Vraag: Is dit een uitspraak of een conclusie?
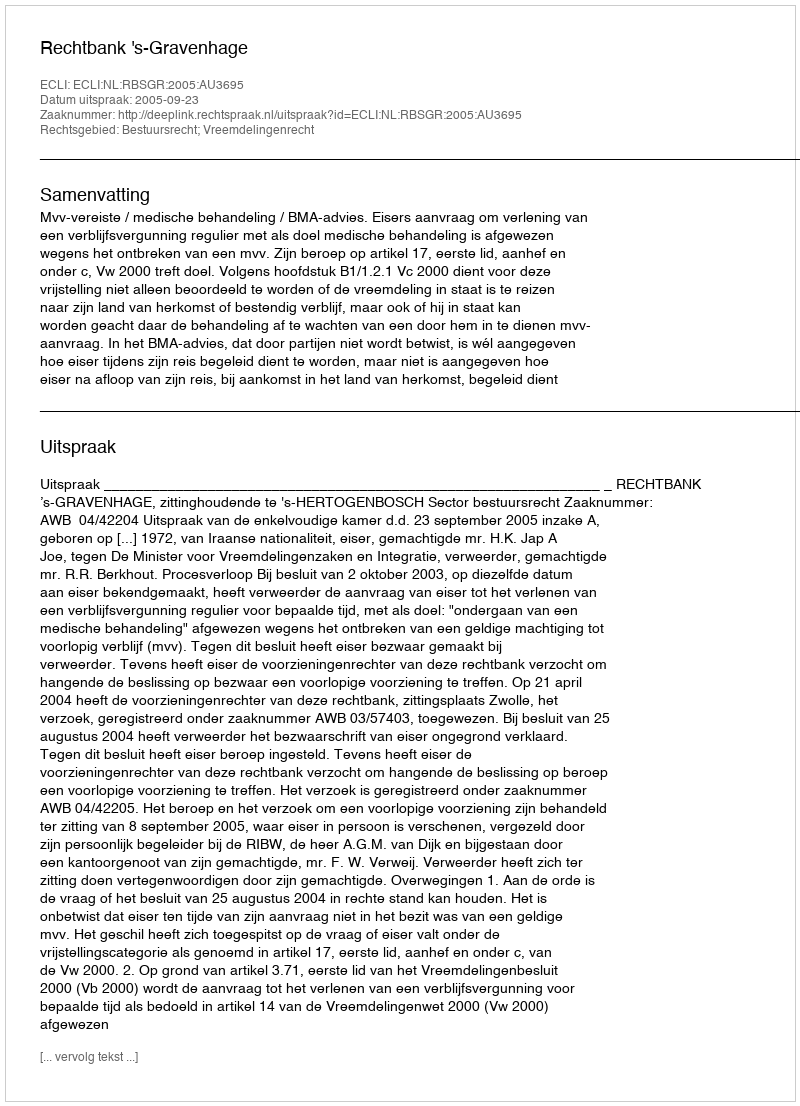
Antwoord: Uitspraak